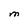
Character: M